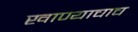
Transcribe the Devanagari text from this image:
खाण्याचाच